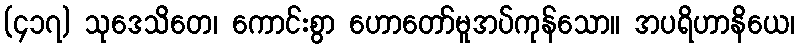
(၄၁၇) သုဒေသိတေ၊ ကောင်းစွာ ဟောတော်မူအပ်ကုန်သော။ အပရိဟာနိယေ၊